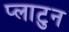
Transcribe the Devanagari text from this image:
प्लाटुन